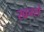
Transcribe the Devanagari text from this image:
खम्से